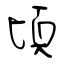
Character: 頃